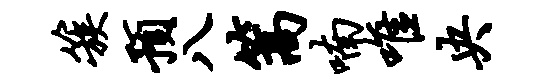
簇预八篙喃唯央